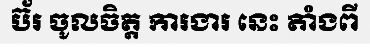
ប៊័រ ចូលចិត្ត ការងារ នេះ តាំងពី